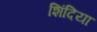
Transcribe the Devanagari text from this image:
शिंदिया